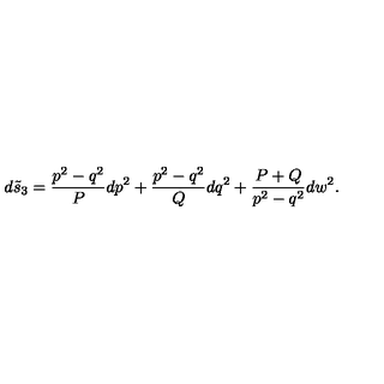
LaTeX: d \tilde { s } _ { 3 } = { \frac { p ^ { 2 } - q ^ { 2 } } { P } } d p ^ { 2 } + { \frac { p ^ { 2 } - q ^ { 2 } } { Q } } d q ^ { 2 } + { \frac { P + Q } { p ^ { 2 } - q ^ { 2 } } } d w ^ { 2 } .